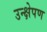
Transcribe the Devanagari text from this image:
उन्क्षेपण